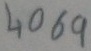
Text: 4069